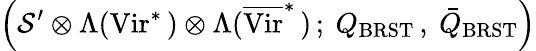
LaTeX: \left({\mathcal S}^{\prime}\otimes\Lambda(\mathrm{Vir}^{*}\, )\otimes\Lambda(\overline{{\mathrm{Vir}}}^{*}\, )\, ;\ Q_{\mathrm{BRST}}\, ,\ \bar{Q}_{\mathrm{BRST}}\right)